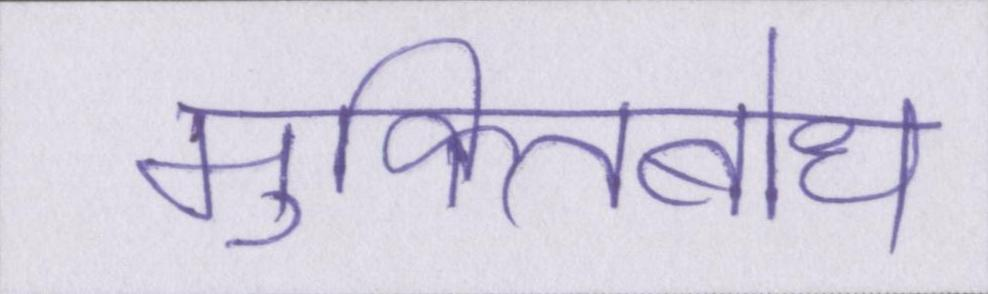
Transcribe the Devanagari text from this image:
मुक्तिबोध